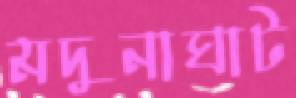
মদুনাঘাট